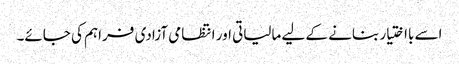
اسے بااختیار بنانے کے لیے مالیاتی اور انتظامی آزادی فراہم کی جائے۔